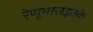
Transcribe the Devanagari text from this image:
रेणूभाराइतके